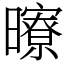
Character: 曢